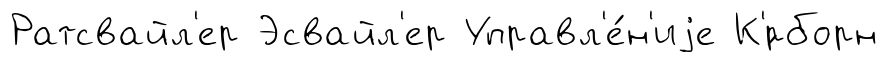
Ратсвайл'ер Эсвайл'ер Управл'е́н'иjе К'́рборн